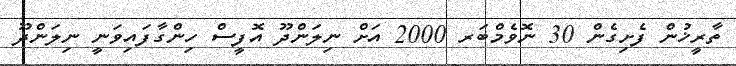
ތާރީޚުން ފެށިގެން 30 ނޮވެމްބަރ 2000 އަށް ނިލަންދޫ އޮފީސް ހިންގާފައިވަނީ ނިލަންދޫ